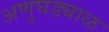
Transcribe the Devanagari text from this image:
अणुघड्याळ